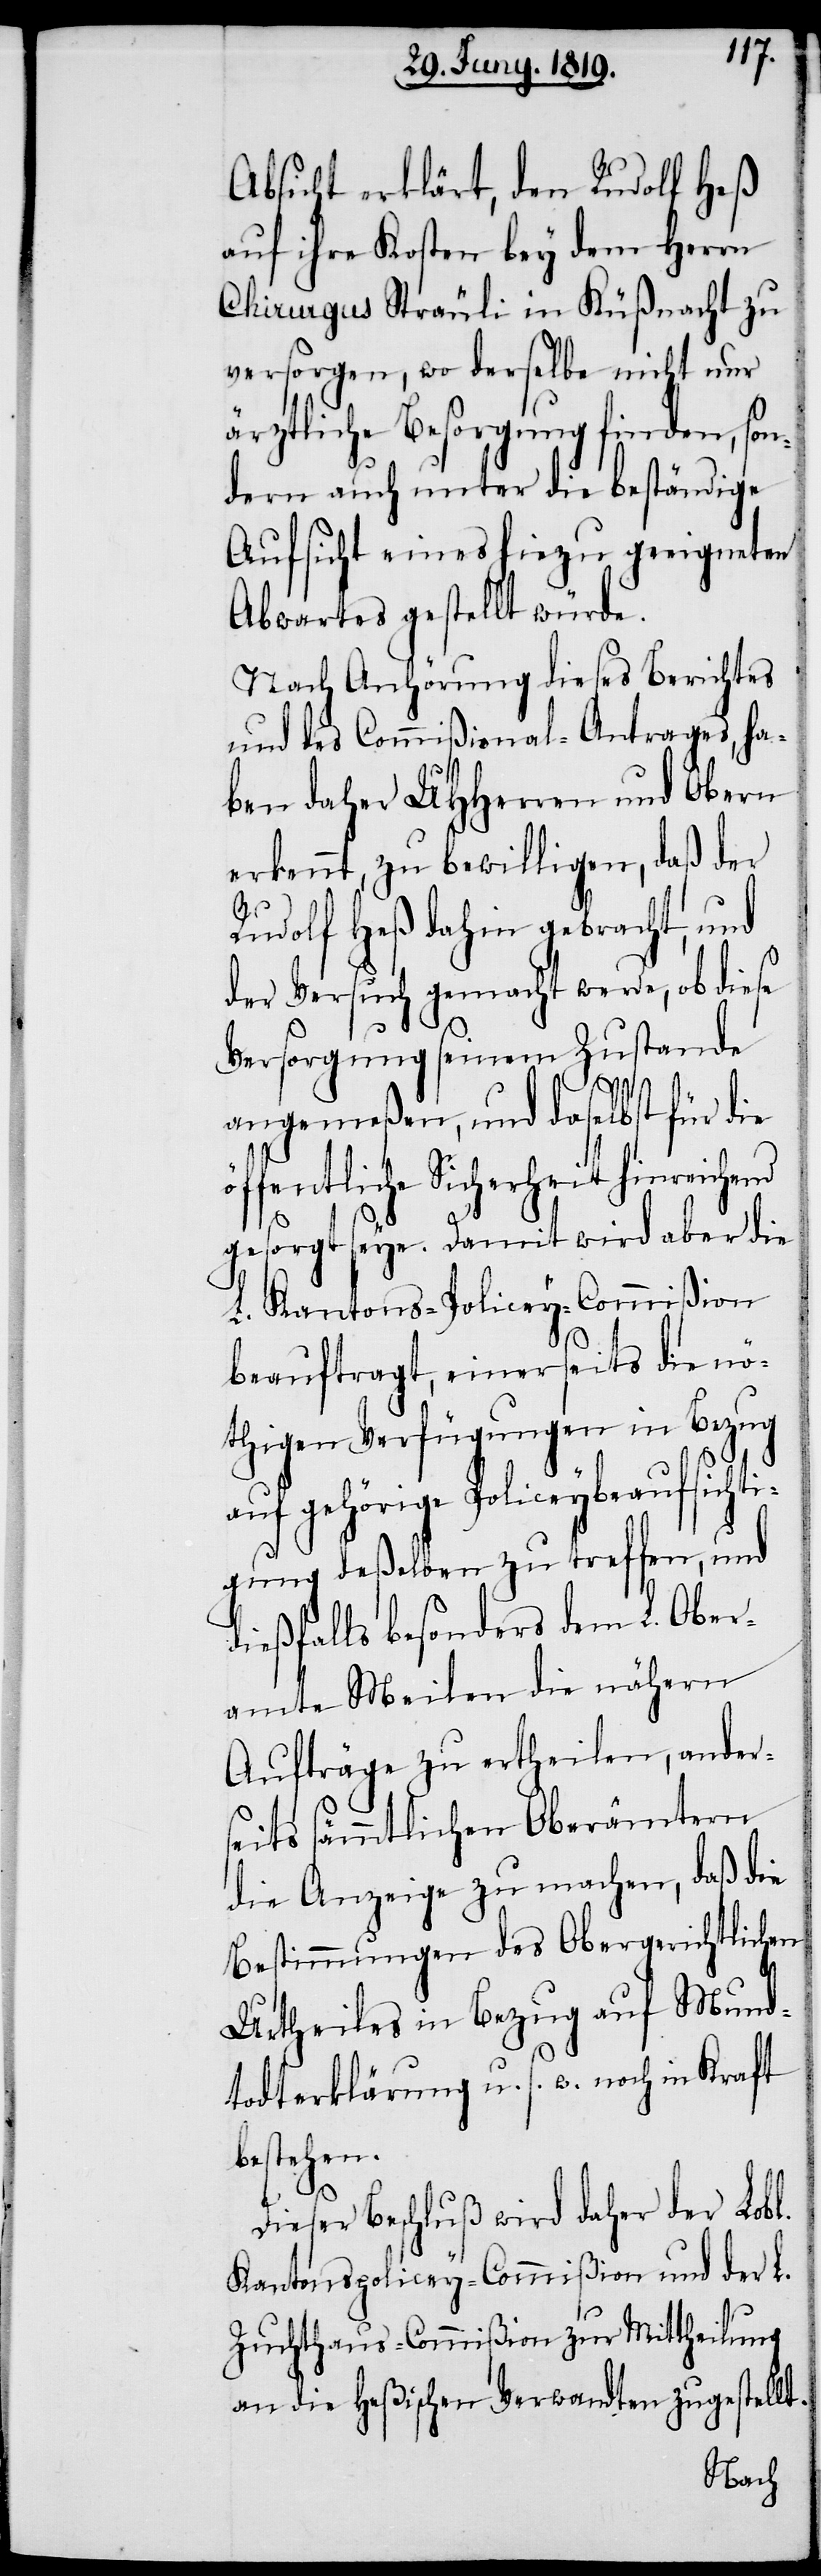
nd
Absicht erklärt, den Rudolf Heß
auf ihre Kosten bey dem Herrn
Chirurgus Sträuli in Küßnacht zu
versorgen, wo derselbe nicht nur
ärztliche Besorgung finden, son¬
dern auch unter die beständige
Aufsicht eines hiezu geeigneten
Abwartes gestellt würde.
Nach Anhörung dieses Berichtes
und des Commißional-Antrages, ha¬
ben daher UHHerren und Obern
erkennt, zu bewilligen, daß der
Rudolf Heß dahin gebracht, und
der Versuch gemacht werde, ob diese
Versorgung seinem Zustande
angemeßen, und daselbst für die
öffentliche Sicherheit hinreiche¬
gesorgt seye. Damit wird aber die
L. Kantons-Policey-Commißion
beauftragt, einerseits die nö¬
thigen Verfügungen in Bezug
auf gehörige Policeybeaufsichti¬
gung deßelben zu treffen, und
dießfalls besonders dem L. Ober¬
amte Meilen die nähern
Aufträge zu ertheilen, ander¬
seits sämmtlichen Oberämtern
die Anzeige zu machen, daß die
Bestimmungen des Obergerichtlichen
Urtheiles in Bezug auf Mund¬
todterklärung u. s. w. noch in Kraft
bestehen.
Dieser Beschluß wird daher der Lobl.
Kantonspolicey-Commißion und der L.
Zuchthaus-Commißion zur Mittheilung
an die Heßischen Verwandten zugestellt.